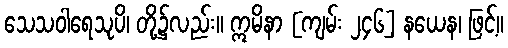
သေသဝါရေသုပိ၊ တို့၌လည်း။ ဣမိနာ [ကျမ်း ၂၄၆] နယေန၊ ဖြင့်။